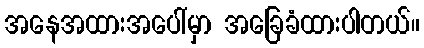
အနေအထားအပေါ်မှာ အခြေခံထားပါတယ်။